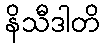
နိသီဒါတိ